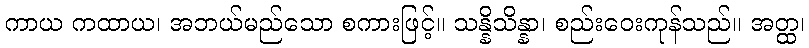
ကာယ ကထာယ၊ အဘယ်မည်သော စကားဖြင့်။ သန္နိသိန္နာ၊ စည်းဝေးကုန်သည်။ အတ္ထ၊